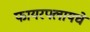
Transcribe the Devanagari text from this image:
फायरफ्लायचे